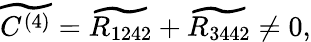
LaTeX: \widetilde{C^{(4)}}=\widetilde{R_{1242}}+\widetilde{R_{3442}}\neq 0,